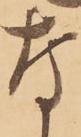
な